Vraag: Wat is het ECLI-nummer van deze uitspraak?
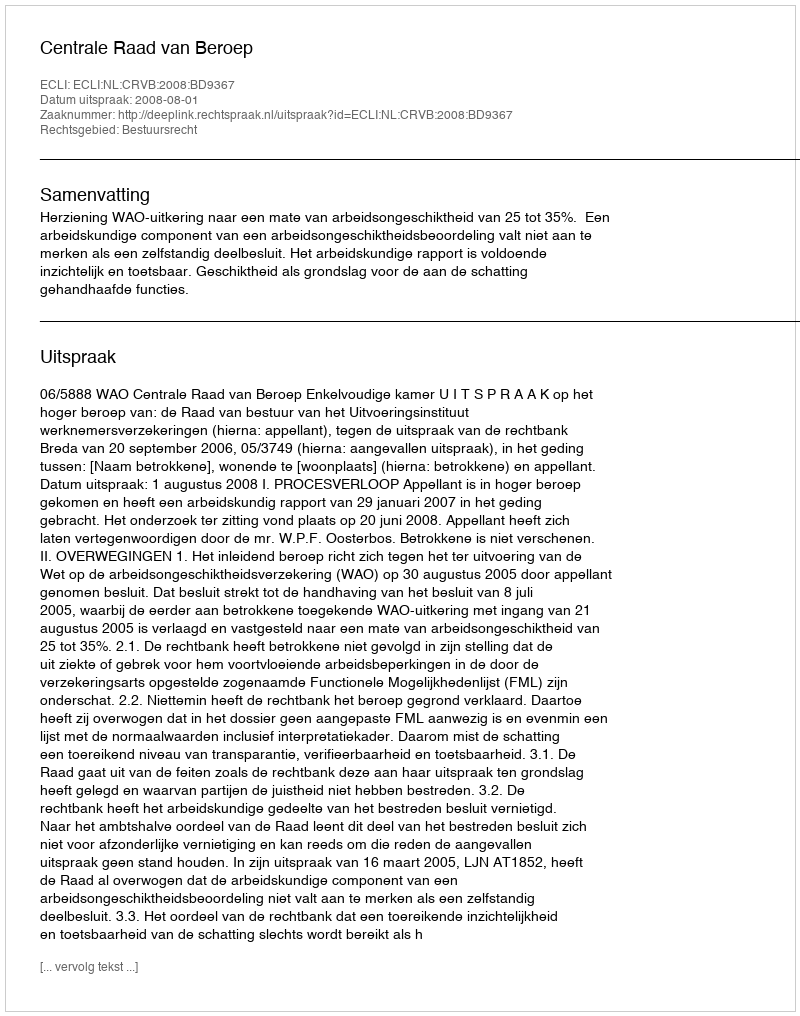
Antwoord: ECLI:NL:CRVB:2008:BD9367